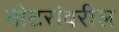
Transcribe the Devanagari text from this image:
मीटरांवरील